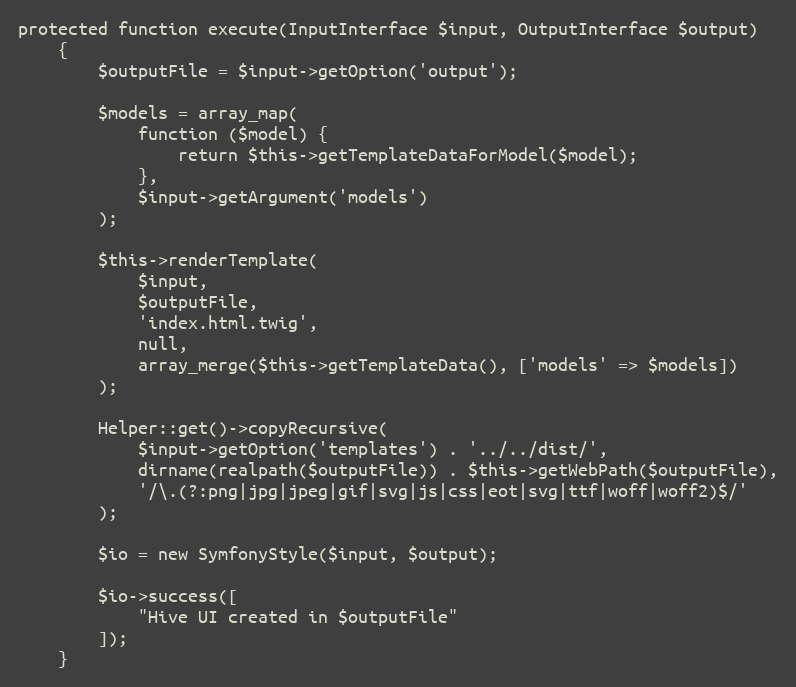
Language: PHP
protected function execute(InputInterface $input, OutputInterface $output)
    {
        $outputFile = $input->getOption('output');

        $models = array_map(
            function ($model) {
                return $this->getTemplateDataForModel($model);
            },
            $input->getArgument('models')
        );

        $this->renderTemplate(
            $input,
            $outputFile,
            'index.html.twig',
            null,
            array_merge($this->getTemplateData(), ['models' => $models])
        );

        Helper::get()->copyRecursive(
            $input->getOption('templates') . '../../dist/',
            dirname(realpath($outputFile)) . $this->getWebPath($outputFile),
            '/\.(?:png|jpg|jpeg|gif|svg|js|css|eot|svg|ttf|woff|woff2)$/'
        );

        $io = new SymfonyStyle($input, $output);

        $io->success([
            "Hive UI created in $outputFile"
        ]);
    }